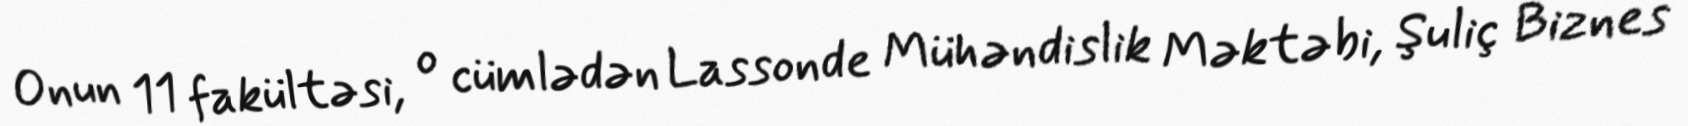
Onun 11 fakültəsi, o cümlədən Lassonde Mühəndislik Məktəbi, Şuliç Biznes